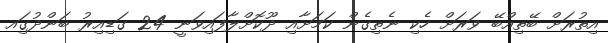
އިތުރަށް ބޭތިއްބޭ ވަރަށް ހެކި ނެތިގެން ކަމަށާއި ދޫކޮށްލާފައިވަނީ 24 ގަޑިއިރު ބަންދުގަިއ